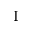
_ \mathrm { I }